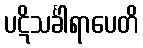
ပဋိသင်္ခါရာပေတိ